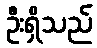
ဦးရှိသည်